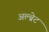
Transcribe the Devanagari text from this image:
अल्ब्रेट